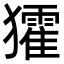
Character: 㺢